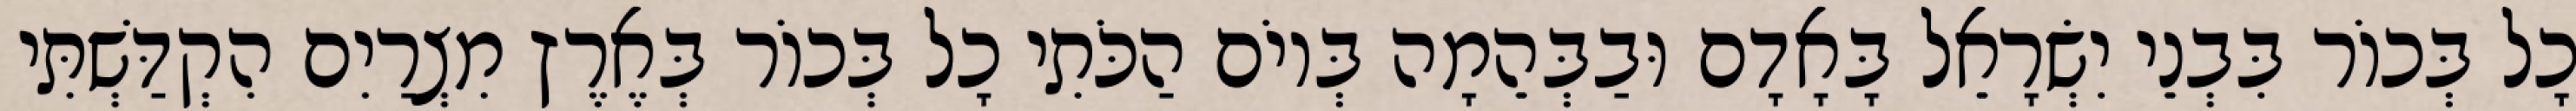
כָל בְּכוֹר בִּבְנֵי יִשְׂרָאֵל בָּאָדָם וּבַבְּהֵמָה בְּיוֹם הַכֹּתִי כָל בְּכוֹר בְּאֶרֶץ מִצְרַיִם הִקְדַּשְׁתִּי